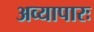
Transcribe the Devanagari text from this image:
अव्यापारः